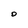
Character: D